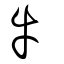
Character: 牛